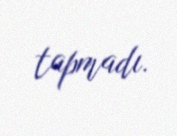
tapmadı.